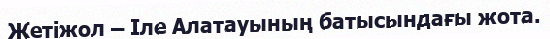
Жетіжол – Іле Алатауының батысындағы жота.